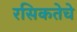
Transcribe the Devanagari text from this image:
रसिकतेचे